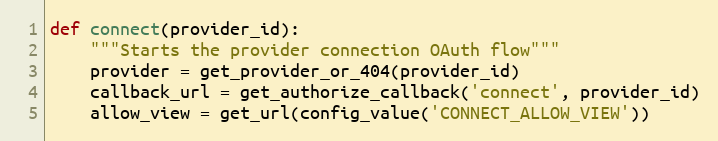
Language: Python
def connect(provider_id):
    """Starts the provider connection OAuth flow"""
    provider = get_provider_or_404(provider_id)
    callback_url = get_authorize_callback('connect', provider_id)
    allow_view = get_url(config_value('CONNECT_ALLOW_VIEW'))